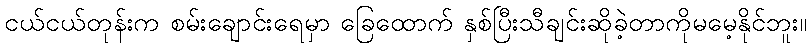
ငယ်ငယ်တုန်းက စမ်းချောင်းရေမှာ ခြေထောက် နှစ်ပြီးသီချင်းဆိုခဲ့တာကိုမမေ့နိုင်ဘူး။